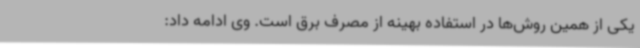
یکی از همین روش‌ها در استفاده بهینه از مصرف برق است. وی ادامه داد: